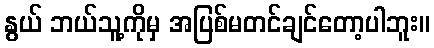
နွယ် ဘယ်သူ့ကိုမှ အပြစ်မတင်ချင်တော့ပါဘူး။